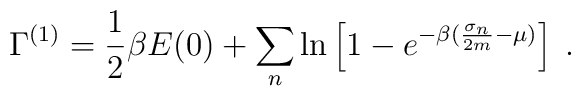
\Gamma^{(1)} =\frac{1}{2}\beta E(0)+ \sum_{n}\ln \left[1-e^{-\beta (\frac{\sigma_{n}}{2m}-\mu)}\right]\;.